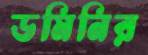
ডমিনির